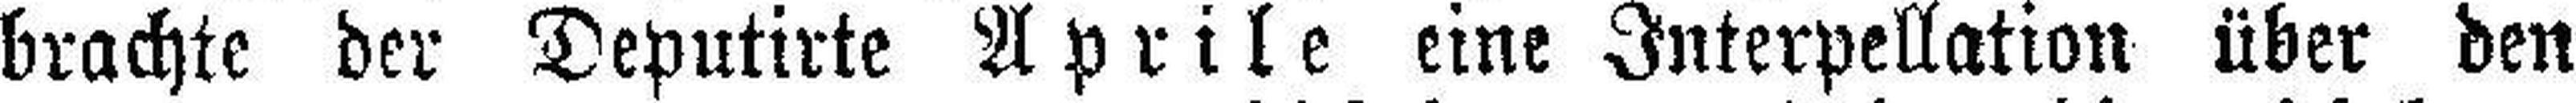
brachte der Deputirte Aprile eine Interpellation über den